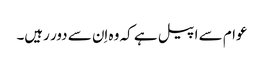
عوام سے اپیل ہے کہ وہ اِن سے دور رہیں۔